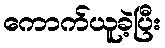
ကောက်ယူခဲ့ပြီး